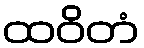
ထဝိတံ